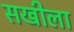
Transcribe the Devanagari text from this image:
सखीला